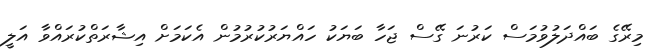
މިރޭގެ ބައްދަލުވުމަސް ކަރުނަ ގޭސް ޖަހާ ބަޔަކު ހައްޔަރުކުރުމުން އެކަމަށް އިޝާރަތްކުރައްވާ އަލީ